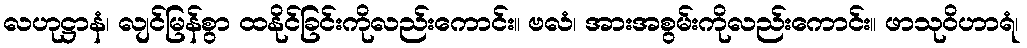
လဟုဋ္ဌာနံ၊ လျင်မြန်စွာ ထနိုင်ခြင်းကိုလည်းကောင်း။ ဗလံ၊ အားအစွမ်းကိုလည်းကောင်း။ ဖာသုဝိဟာရံ၊